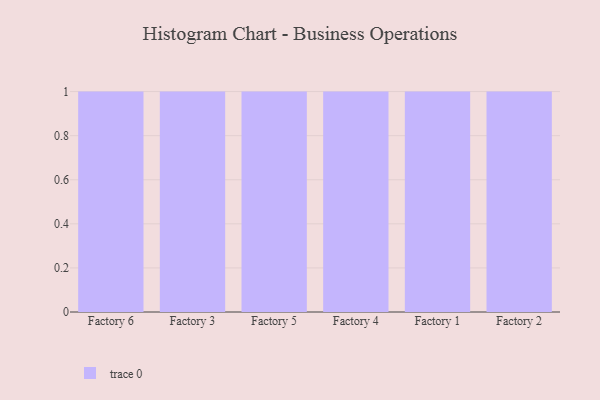
{"axis": {"x": "Factory", "y": "Headcount"}, "legend": [""], "data": [{"x": "Factory 6", "y": 90, "type": ""}, {"x": "Factory 3", "y": 34, "type": ""}, {"x": "Factory 5", "y": 78, "type": ""}, {"x": "Factory 4", "y": 44, "type": ""}, {"x": "Factory 1", "y": 98, "type": ""}, {"x": "Factory 2", "y": 1, "type": ""}]}